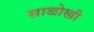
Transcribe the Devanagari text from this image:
साळोखी